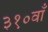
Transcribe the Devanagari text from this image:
३१०वाँ